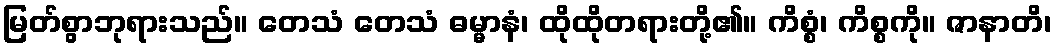
မြတ်စွာဘုရားသည်။ တေသံ တေသံ ဓမ္မာနံ၊ ထိုထိုတရားတို့၏။ ကိစ္စံ၊ ကိစ္စကို။ ဇာနာတိ၊